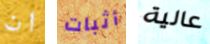
ان أثبات عالية